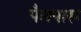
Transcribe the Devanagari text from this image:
पैलपारू